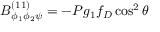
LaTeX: B _ { \phi _ { 1 } \phi _ { 2 } \psi } ^ { ( 1 1 ) } = - { \cal P } g _ { 1 } f _ { D } \cos ^ { 2 } \theta